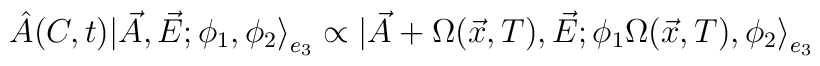
\hat{A} (C,t)|\vec{A},\vec{E};\phi_1,\phi_2 {\rangle}_{e_3} \propto|\vec{A}+ \Omega(\vec{x},T),\vec{E}; \phi_1\Omega(\vec{x},T),\phi_2{\rangle}_{e_3}